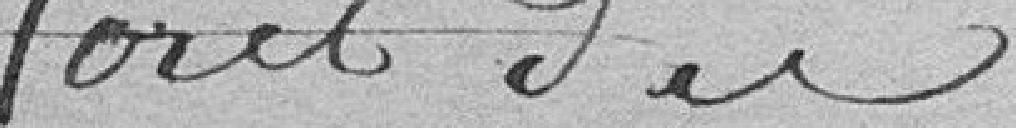
forêt du